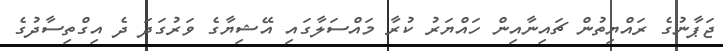
ޖަޕާނުގެ ރައްޔިތުން ޗައިނާއިން ހައްޔަރު ކުރާ މައްސަލާގައި އޭޝިޔާގެ ވަރުގަދަ ދެ އިގްތިސާދުގެ